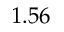
1 . 5 6